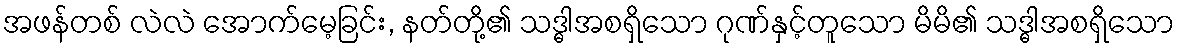
အဖန်တစ် လဲလဲ အောက်မေ့ခြင်း, နတ်တို့၏ သဒ္ဓါအစရှိသော ဂုဏ်နှင့်တူသော မိမိ၏ သဒ္ဓါအစရှိသော